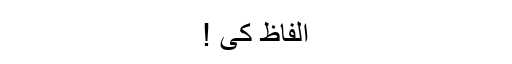
الفاظ کی !